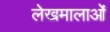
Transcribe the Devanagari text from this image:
लेखमालाओं